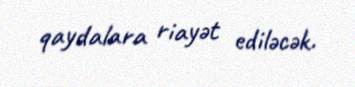
qaydalara riayət ediləcək.